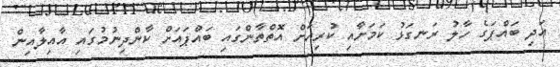
އަދި ބައްޕަގެ ހާލު ރަނގަޅު ކަމަށާއި ކުރިއަށް އޮތްތާންގައި ބައްޕައަށް ކާންދިނުމުގައި އާއިލާއިން